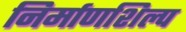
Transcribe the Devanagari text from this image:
निर्माणशिल्प